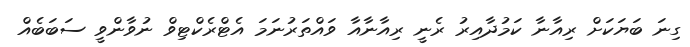
ގިނަ ބަޔަކަށް ރިއާނާ ކަމުދާއިރު ރެނީ ރިއާނާއާ ވައްތަރުނަމަ އެޓްރެކްޓިވް ނުވާންވީ ސަބަބެއް